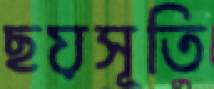
ছয়সূতি